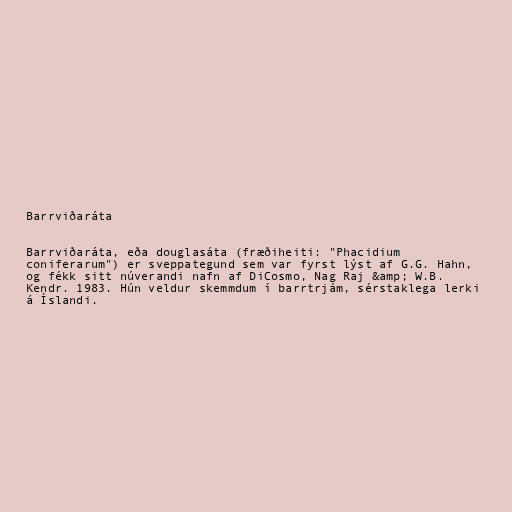
Barrviðaráta

Barrviðaráta, eða douglasáta (fræðiheiti: "Phacidium
coniferarum") er sveppategund sem var fyrst lýst af G.G. Hahn,
og fékk sitt núverandi nafn af DiCosmo, Nag Raj &amp; W.B.
Kendr. 1983. Hún veldur skemmdum í barrtrjám, sérstaklega lerki
á Íslandi.